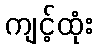
ကျင့်ထုံး